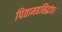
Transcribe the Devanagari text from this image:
पितामहसिद्धांत।